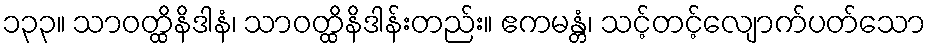
၁၃၃။ သာဝတ္ထိနိဒါနံ၊ သာဝတ္ထိနိဒါန်းတည်း။ ဧကမန္တံ၊ သင့်တင့်လျောက်ပတ်သော